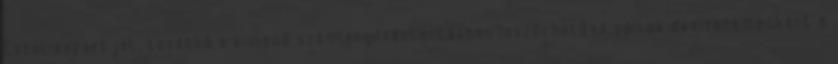
Excel-exportját, továbbá a kimenő számlanyilvántartásban leszűrhetővé váltak devizanemenként a